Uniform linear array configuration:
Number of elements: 4
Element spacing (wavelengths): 0.5
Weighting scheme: hamming
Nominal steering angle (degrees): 45
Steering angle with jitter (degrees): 43.387
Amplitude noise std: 0.05
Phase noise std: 0.05

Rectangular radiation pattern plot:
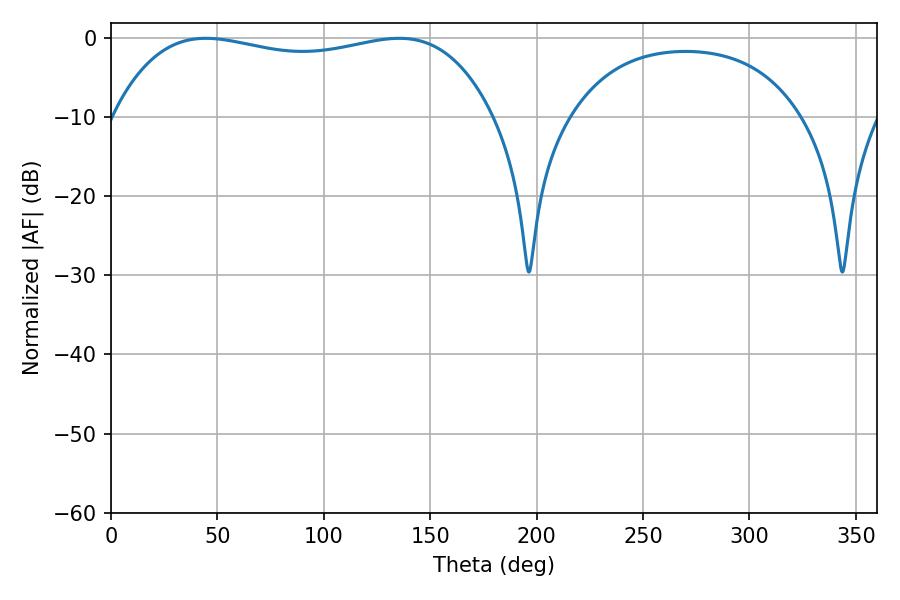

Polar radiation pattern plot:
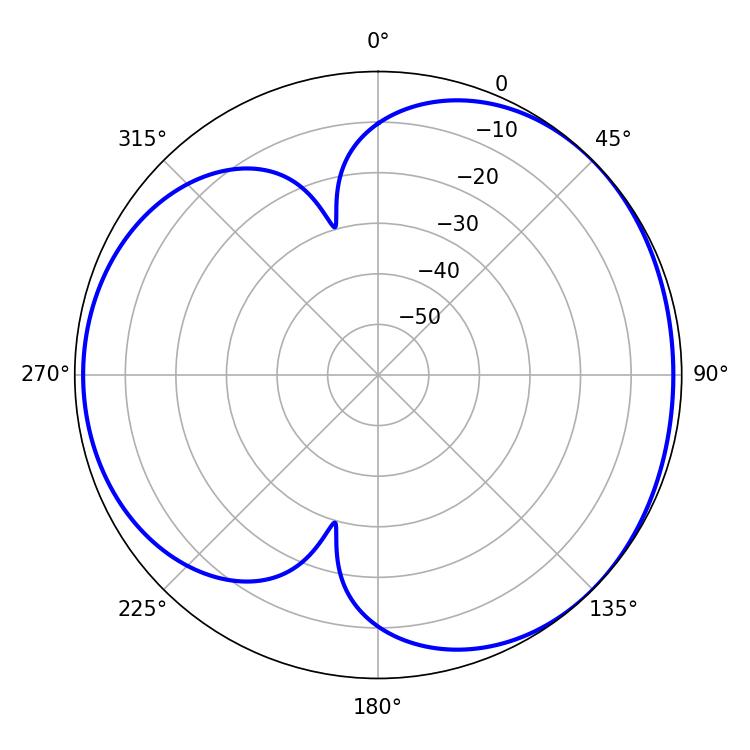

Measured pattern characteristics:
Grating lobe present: FALSE
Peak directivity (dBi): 3.903
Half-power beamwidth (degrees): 144
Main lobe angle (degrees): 44.64